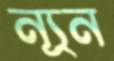
ন্যূন